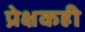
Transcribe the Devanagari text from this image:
प्रेक्षकही